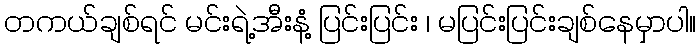
တကယ်ချစ်ရင် မင်းရဲ့အီးနံ့ ပြင်းပြင်း ၊ မပြင်းပြင်းချစ်နေမှာပါ။